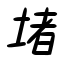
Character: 堵